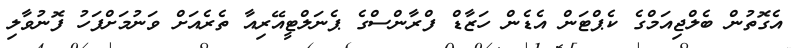
އެގޮތުން ބެލްޖިއަމްގެ ކެޕްޓަން އެޑެން ހަޒާޑް ފްރާންސްގެ ޕެނަލްޓީއޭރިއާ ތެރެއަށް ވަނުމަށްފަހު ފޮނުވާލި